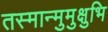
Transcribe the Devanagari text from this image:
तस्मान्मुमुक्षुभि